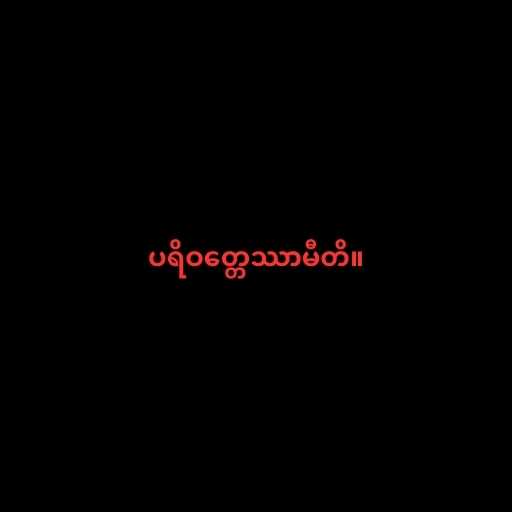
ပရိဝတ္တေဿာမီတိ။